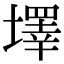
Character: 墿